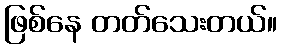
ဖြစ်နေ တတ်သေးတယ်။